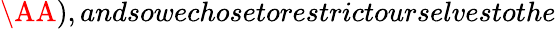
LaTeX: \AA),andsowechosetorestrictourselvestothe